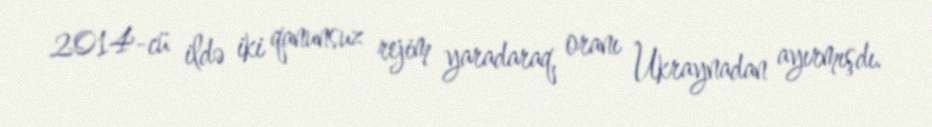
2014-cü ildə iki qanunsuz rejim yaradaraq, oranı Ukraynadan ayırmışdı.